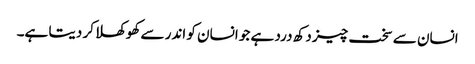
انسان سے سخت چیز دکھ درد ہے جو انسان کو اندر سے کھوکھلا کر دیتا ہے۔